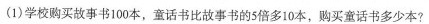
(1)学校购买故事书100本，童话书比故事书的5倍多10本，购买童话书多少本?